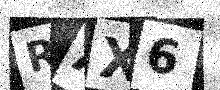
Text: RAX6